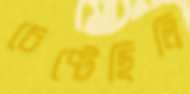
চেপ্‌টেছিলি